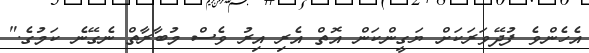
އެހެންވެ ފުދޭވަރަކަށް ޔަގީންކަން އޮތް އެރި އިރު ވެސް މުބާރާތް ނެގޭނެ ކަމުގެ."